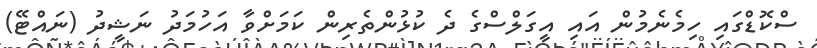
ސްކޮޑްގައި ހިމެނެމުން އައި އީގަލްސްގެ ދެ ކުޅުންތެރިން ކަމަށްވާ އަހުމަދު ނަޝީދު (ނައްޓޭ)